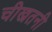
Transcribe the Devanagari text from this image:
चीखतनी